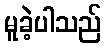
မူခဲ့ပါသည်